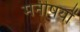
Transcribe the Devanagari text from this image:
मनीषयों